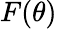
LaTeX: F(\theta)